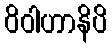
ဝိဝါဟာနိပိ